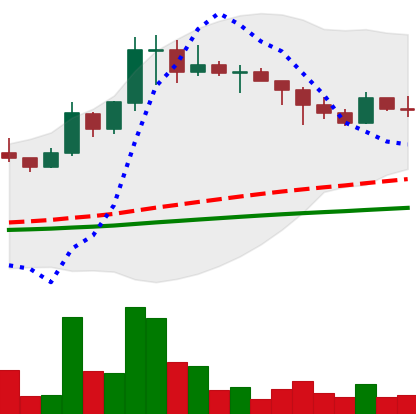
Ticker: DOGE-USD
Chart end date: 2021-02-20
Forward return: -7.754%
Label: down_7plus